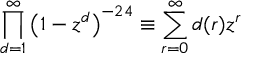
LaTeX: \prod _ { d = 1 } ^ { \infty } \left( 1 - z ^ { d } \right) ^ { - 2 4 } \equiv \sum _ { r = 0 } ^ { \infty } d ( r ) z ^ { r }